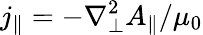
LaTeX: j_{\parallel}=-\nabla_{\perp}^{2}A_{\parallel}/\mu_{0}